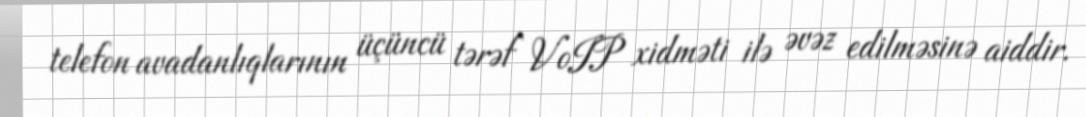
telefon avadanlıqlarının üçüncü tərəf VoIP xidməti ilə əvəz edilməsinə aiddir.